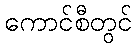
ကောင်စီတွင်